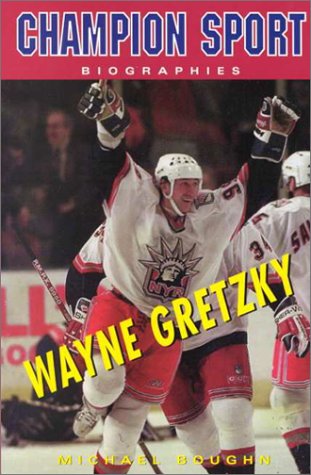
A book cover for Wayne Gretzky (Champion Sport Biographies); Teen & Young Adult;